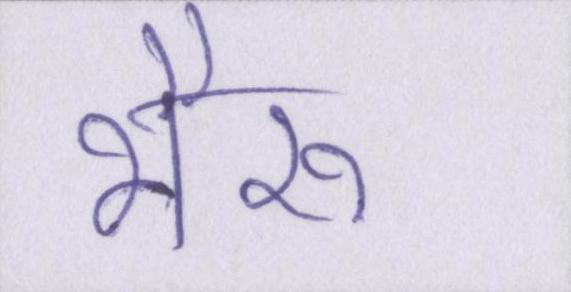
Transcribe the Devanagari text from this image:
भैरू